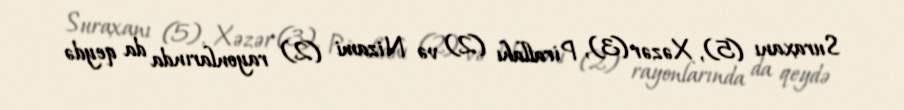
Suraxanı (5), Xəzər (3), Pirallahı (2) və Nizami (2) rayonlarında da qeydə